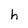
Character: h